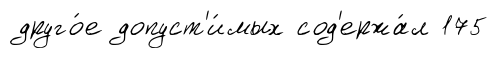
друго́е допуст'и́мых сод'ержа́л 175